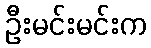
ဦးမင်းမင်းက